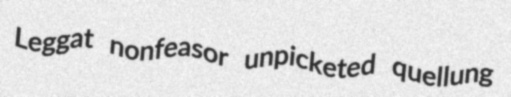
Leggat nonfeasor unpicketed quellung